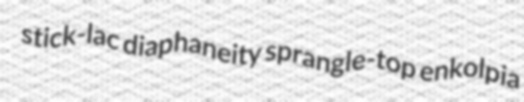
stick-lac diaphaneity sprangle-top enkolpia